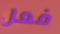
فعل